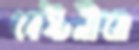
বেষ্টনীতে